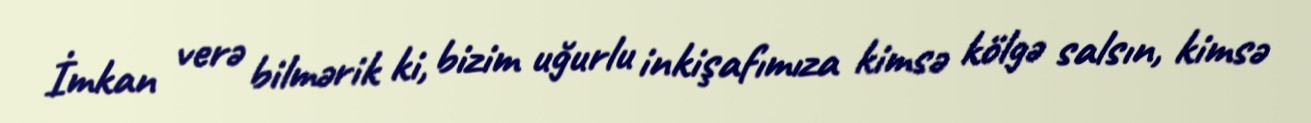
İmkan verə bilmərik ki, bizim uğurlu inkişafımıza kimsə kölgə salsın, kimsə